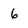
Character: 6